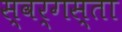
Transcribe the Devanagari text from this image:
स्वर्गस्ता